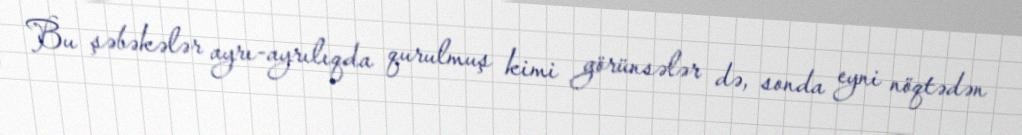
Bu şəbəkələr ayrı-ayrılıqda qurulmuş kimi görünsələr də, sonda eyni nöqtədən